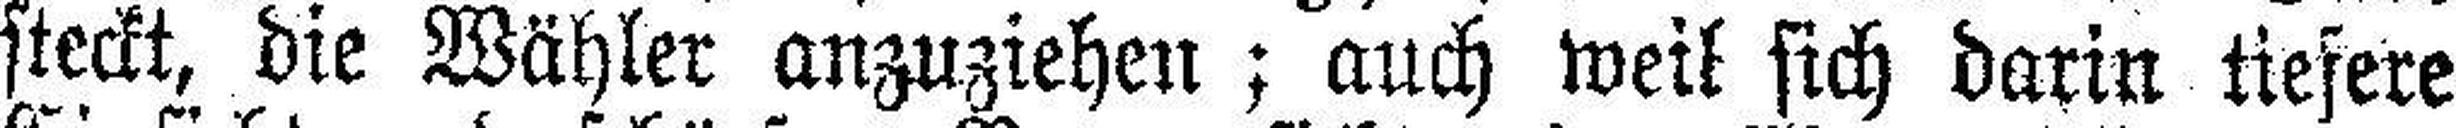
steckt, die Wähler anzuziehen; auch weil sich darin tiefere